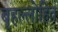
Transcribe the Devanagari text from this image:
बृहल्लोहित